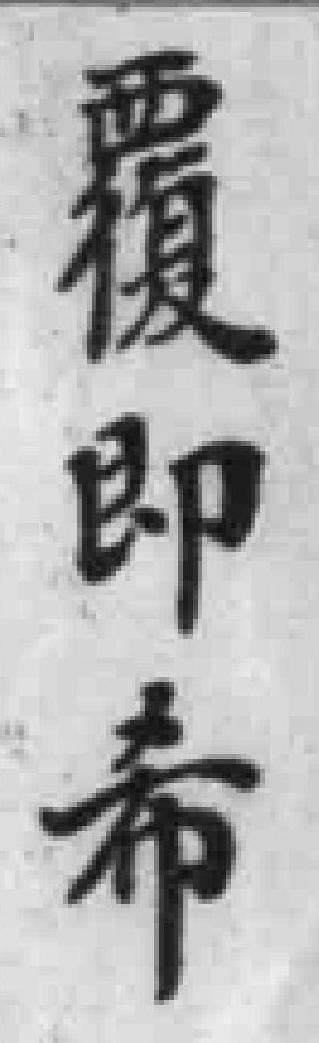
覆即希